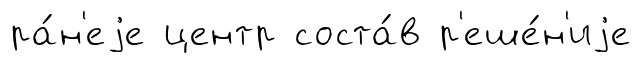
ра́н'еjе центр соста́в р'еше́н'иjе